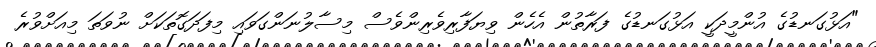
"އަޅުގަނޑުގެ އުންމީދަކީ އަޅުގަނޑުގެ ފަރާތުން އެހެން ވިޔަފާރިވެރިންވެސް މިސާލުނަންގަވައި މިފަދަގޮތަކަށް ނުވަތަ މިއަށްވުރެ